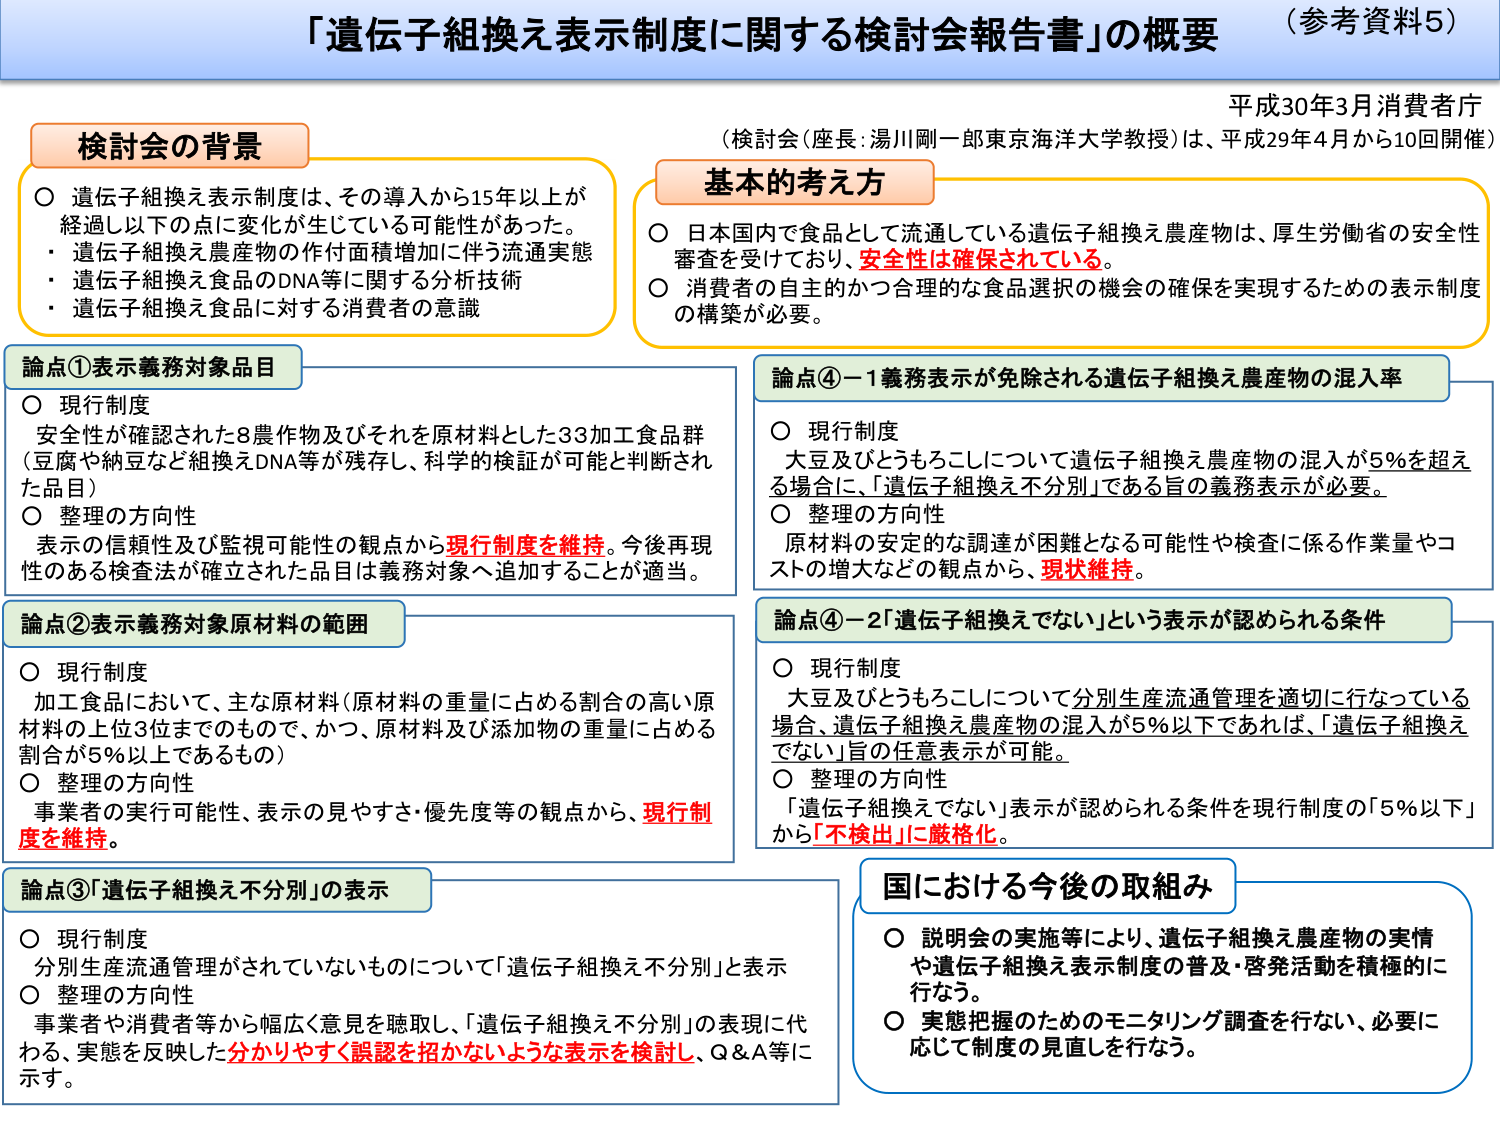
「遺伝子組換え表示制度に関する検討会報告書」の概要 （参考資料5）

平成30年3月 消費者庁
（検討会（座長：湯川剛一郎 東京海洋大学教授）は、平成29年4月から10回開催）

検討会の背景
○ 遺伝子組換え表示制度は、その導入から15年以上が経過し以下の点に変化が生じている可能性があった。
・ 遺伝子組換え農産物の作付面積増加に伴う流通実態
・ 遺伝子組換え食品のDNA等に関する分析技術
・ 遺伝子組換え食品に対する消費者の意識

基本的考え方
○ 日本国内で食品として流通している遺伝子組換え農産物は、厚生労働省の安全性審査を受けており、**安全性は確保されている**。
○ 消費者の自主的かつ合理的な食品選択の機会の確保を実現するための表示制度の構築が必要。

論点① 表示義務対象品目
○ 現行制度
安全性が確認された8農作物及びそれを原材料とした33加工食品群（豆腐や納豆など組換えDNA等が残存し、科学的検証が可能と判断された品目）
○ 整理の方向性
表示の信頼性及び監視可能性の観点から**現行制度を維持**。今後再現性のある検査法が確立された品目は義務対象へ追加することが適当。

論点② 表示義務対象原材料の範囲
○ 現行制度
加工食品において、主な原材料（原材料の重量に占める割合の高い原材料の上位3位までのもで、かつ、原材料及び添加物の重量に占める割合が5％以上であるもの）
○ 整理の方向性
事業者の実行可能性、表示の見やすさ・優先度等の観点から、**現行制度を維持**。

論点③ 「遺伝子組換え不分別」の表示
○ 現行制度
分別生産流通管理がされていないものについて「遺伝子組換え不分別」と表示
○ 整理の方向性
事業者や消費者等から幅広く意見を聴取し、「遺伝子組換え不分別」の表現に代わる、実態を反映した**分かりやすく誤認を招かないような表示を検討し**、Q＆A等に示す。

論点④－1 義務表示が免除される遺伝子組換え農産物の混入率
○ 現行制度
大豆及びとうもろこしについて遺伝子組換え農産物の混入が5％を超える場合に、「遺伝子組換え不分別」である旨の義務表示が必要。
○ 整理の方向性
原材料の安定的な調達が困難となる可能性や検査に係る作業量やコストの増大などの観点から、**現状維持**。

論点④－2 「遺伝子組換えでない」という表示が認められる条件
○ 現行制度
大豆及びとうもろこしについて分別生産流通管理を適切に行っている場合、遺伝子組換え農産物の混入が5％以下であれば、「遺伝子組換えでない」旨の任意表示が可能。
○ 整理の方向性
「遺伝子組換えでない」表示が認められる条件を現行制度の「5％以下」から**「不検出」に厳格化**。

国における今後の取組み
○ 説明会の実施等により、遺伝子組換え農産物の実情や遺伝子組換え表示制度の普及・啓発活動を積極的に行なう。
○ 実態把握のためのモニタリング調査を行ない、必要に応じて制度の見直しを行なう。